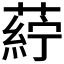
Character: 𮐸